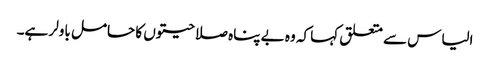
الیاس سے متعلق کہا کہ وہ بے پناہ صلاحیتوں کا حامل باولر ہے۔